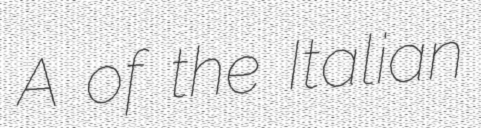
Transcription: A of the Italian